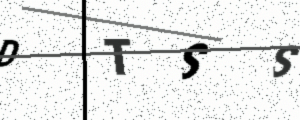
Text: DTSS